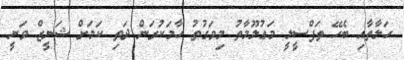
ހަލާތާއި ބެހޭ ތަފްސީލީ މަޢުލޫމާތު މިވަގުތު ހާމަކުރަން ދަތި ކަމަށް ޝަނީޒް ވަނީ